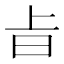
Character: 㫖